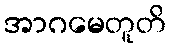
အာဂမေတူတိ